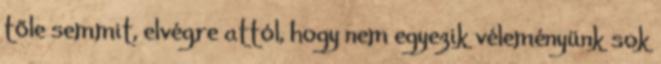
tőle semmit, elvégre attól, hogy nem egyezik véleményünk sok